Annual report of the Camel Specialist
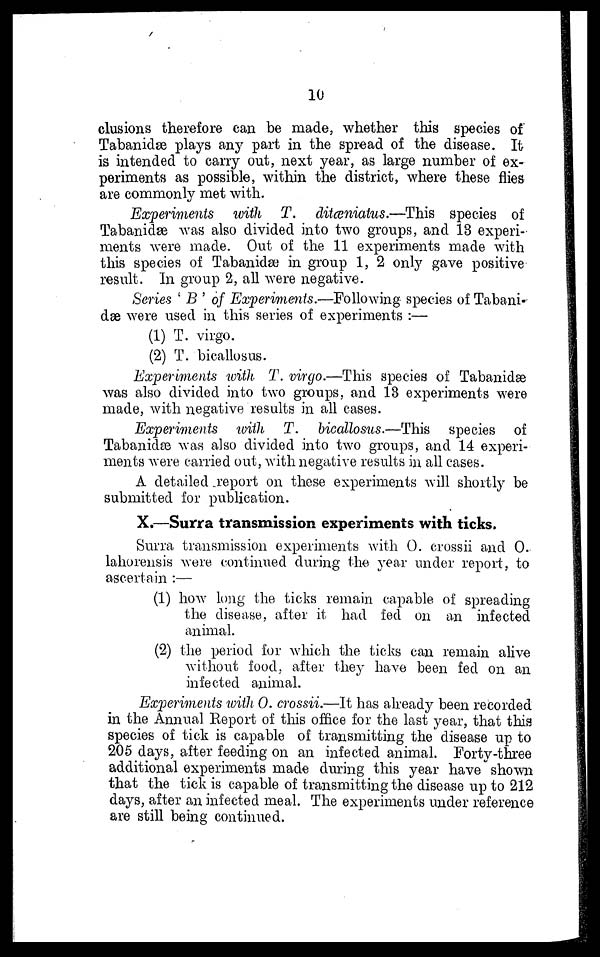
10
clusions therefore can be made, whether this species of
Tabanidæ plays any part in the spread of the disease. It
is intended to carry out, next year, as large number of ex-
periments as possible, within the district, where these flies
are commonly met with.
Experiments with T. ditæniatus.—This species of
Tabanidæ was also divided into two groups, and 13 experi-
ments were made. Out of the 11 experiments made with
this species of Tabanidæ in group 1, 2 only gave positive
result. In group 2, all were negative.
Series ' B' of Experiments.—Following species of Tabani-
dæ were used in this series of experiments :—
(1) T. virgo.
(2) T. bicallosus.
Experiments with T. virgo.—This species of Tabanidæ
was also divided into two groups, and 13 experiments were
made, with negative results in all cases.
Experiments with T. bicallosus.—This species of
Tabanidæ was also divided into two groups, and 14 experi-
ments were carried out, with negative results in all cases.
A detailed report on these experiments will shortly be
submitted for publication.
X.—Surra transmission experiments with ticks.
Surra transmission experiments with O. crossii and O.
lahorensis were continued during the year under report, to
ascertain :—
(1) how long the ticks remain capable of spreading
the disease, after it had fed on an infected
animal.
(2) the period for which the ticks can remain alive
without food, after they have been fed on an
infected animal.
Experiments with O. crossii.—It has already been recorded
in the Annual Report of this office for the last year, that this
species of tick is capable of transmitting the disease up to
205 days, after feeding on an infected animal. Forty-three
additional experiments made during this year have shown
that the tick is capable of transmitting the disease up to 212
days, after an infected meal. The experiments under reference
are still being continued.